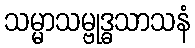
သမ္မာသမ္ဗုဒ္ဓသာသနံ